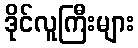
ဒိုင်လူကြီးများ